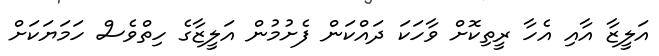
އަލީޒާ އާއި އެހާ ރީތިކޮށް ވާހަކަ ދައްކަން ފެށުމުން އަލީޒާގެ ހިތްވެސް ހަމަޔަކަށް